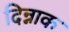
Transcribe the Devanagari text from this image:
दिन्नाक